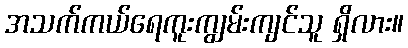
အသက်ကယ်ရေကူးကျွမ်းကျင်သူ ရှိလား။